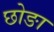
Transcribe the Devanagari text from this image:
छोङा